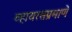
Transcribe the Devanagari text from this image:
व्हायरसप्रमाणे